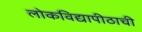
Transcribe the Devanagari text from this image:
लोकविद्यापीठाची